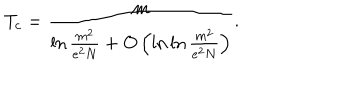
LaTeX: T _ { c } = \frac { m } { \ln \frac { m ^ { 2 } } { e ^ { 2 } N } + O \left( \ln \ln \frac { m ^ { 2 } } { e ^ { 2 } N } \right) } .